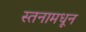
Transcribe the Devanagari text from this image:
स्तनामधून